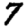
Digit: 7